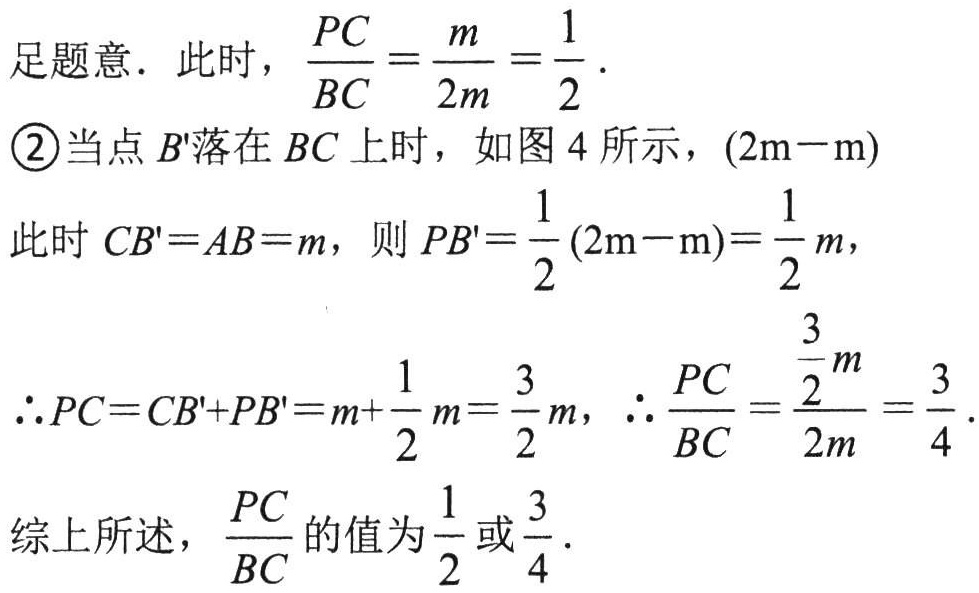
足题意．此时，\(\frac{PC}{BC}=\frac{m}{2m}=\frac{1}{2}\)．

\textcircled{2}当点\(B'\)落在\(BC\)上时，如图 4 所示，\((2\mathrm{m}-\mathrm{m})\)

此时\(CB' = AB = m\)，则\(PB'=\frac{1}{2}(2\mathrm{m}-\mathrm{m})=\frac{1}{2}m\)，

\(\therefore PC = CB'+PB'=m+\frac{1}{2}m=\frac{3}{2}m\)，\(\therefore \frac{PC}{BC}=\frac{\frac{3}{2}m}{2m}=\frac{3}{4}\)．

综上所述，\(\frac{PC}{BC}\)的值为\(\frac{1}{2}\)或\(\frac{3}{4}\)．